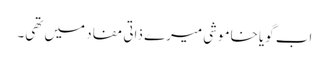
اب گویا خاموشی میرے ذاتی مفاد میں تھی۔